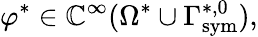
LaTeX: \varphi^{*}\in\mathbb{C}^{\infty}(\Omega^{*}\cup\Gamma_{\mathrm{{{sym}}}}^{*,0}),